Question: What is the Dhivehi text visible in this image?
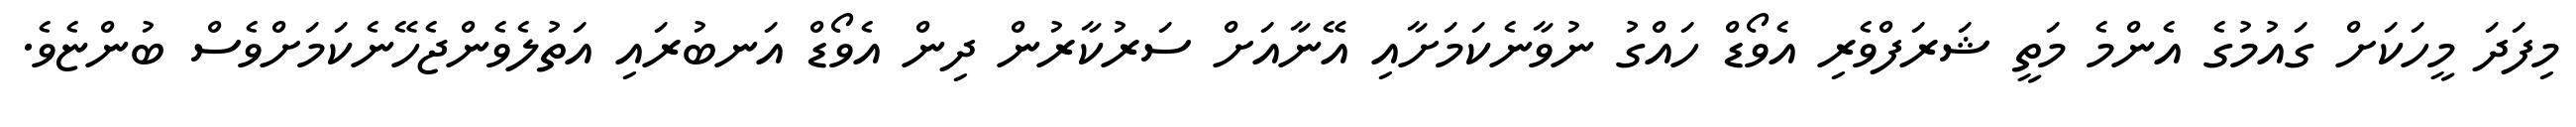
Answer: މިފަދަ މީހަކަށް ގައުމުގެ އެންމެ މަތީ ޝަރަފްވެރި އެވޯޑް ހައްގު ނުވާނެކަމަށާއި އޭނާއަށް ސަރުކާރުން ދިން އެވޯޑް އަނބުރައި އަތުލެވެންޖެހޭނެކަމަށްވެސް ބުންޏެވެ.